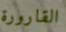
القارورة